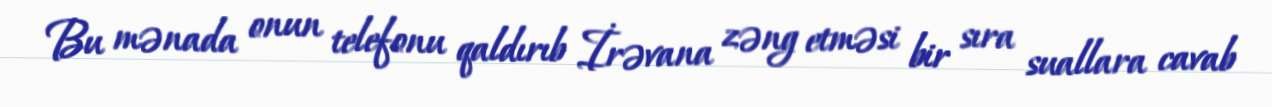
Bu mənada onun telefonu qaldırıb İrəvana zəng etməsi bir sıra suallara cavab